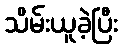
သိမ်းယူခဲ့ပြီး